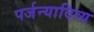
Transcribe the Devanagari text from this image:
पर्जन्यादिव्य